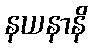
နယနာနိ